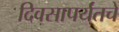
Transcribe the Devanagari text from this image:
दिवसापर्यंतचे